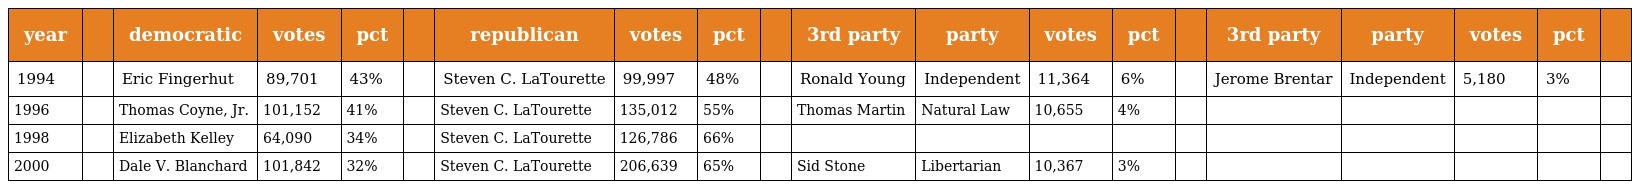
| year |  | democratic | votes | pct |  | republican | votes | pct |  | 3rd party | party | votes | pct |  | 3rd party | party | votes | pct |  |
 | --- | --- | --- | --- | --- | --- | --- | --- | --- | --- | --- | --- | --- | --- | --- | --- | --- | --- | --- | --- |
 | 1994 |  | Eric Fingerhut | 89,701 | 43% |  | Steven C. LaTourette | 99,997 | 48% |  | Ronald Young | Independent | 11,364 | 6% |  | Jerome Brentar | Independent | 5,180 | 3% |  |
 | 1996 |  | Thomas Coyne, Jr. | 101,152 | 41% |  | Steven C. LaTourette | 135,012 | 55% |  | Thomas Martin | Natural Law | 10,655 | 4% |  |  |  |  |  |  |
 | 1998 |  | Elizabeth Kelley | 64,090 | 34% |  | Steven C. LaTourette | 126,786 | 66% |  |  |  |  |  |  |  |  |  |  |  |
 | 2000 |  | Dale V. Blanchard | 101,842 | 32% |  | Steven C. LaTourette | 206,639 | 65% |  | Sid Stone | Libertarian | 10,367 | 3% |  |  |  |  |  |  |